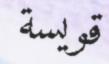
قويسة